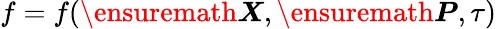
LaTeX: f=f(\ensuremath{\boldsymbol{X}},\ensuremath{\boldsymbol{P}},\tau)